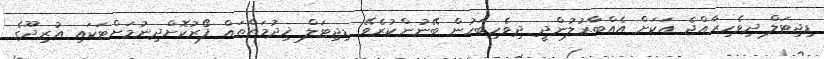
ޑިޖިޓަލް ދިވެހިރާއްޖެ އަކަށް އެއްބާރުލުންދީ ދިވެހިބަހުން ބޭނުންކުރެވޭ ޑިޖިޓަލް ޚިދުމަތްތައް ފޯރުކޮށްދިނުމަށްޓަކައި އުރިދޫގެ